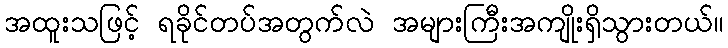
အထူးသဖြင့် ရခိုင်တပ်အတွက်လဲ အများကြီးအကျိုးရှိသွားတယ်။